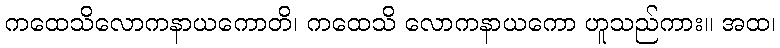
ကထေသိလောကနာယကောတိ၊ ကထေသိ လောကနာယကော ဟူသည်ကား။ အထ၊